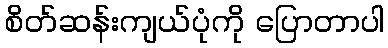
စိတ်ဆန်းကျယ်ပုံကို ပြောတာပါ